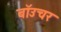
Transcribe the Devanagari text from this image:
बॉउचर